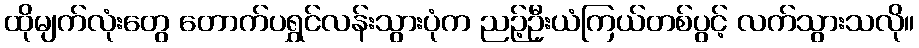
ထိုမျက်လုံးတွေ တောက်ပရွှင်လန်းသွားပုံက ညဉ့်ဦးယံကြယ်တစ်ပွင့် လက်သွားသလို။